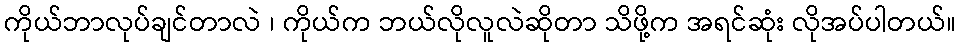
ကိုယ်ဘာလုပ်ချင်တာလဲ ၊ ကိုယ်က ဘယ်လိုလူလဲဆိုတာ သိဖို့က အရင်ဆုံး လိုအပ်ပါတယ်။